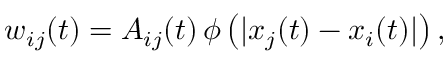
w _ { i j } ( t ) = A _ { i j } ( t ) \, \phi \left( | x _ { j } ( t ) - x _ { i } ( t ) | \right) ,